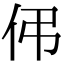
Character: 伄